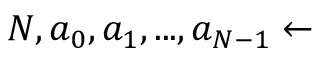
N , a _ { 0 } , a _ { 1 } , . . . , a _ { N - 1 } \gets